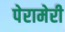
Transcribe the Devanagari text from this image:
पेरामेरी